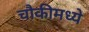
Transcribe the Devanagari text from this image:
चौकीमध्ये